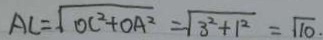
A C = \sqrt { O C ^ { 2 } + O A ^ { 2 } } = \sqrt { 3 ^ { 2 } + 1 ^ { 2 } } = \sqrt { 1 0 } .